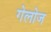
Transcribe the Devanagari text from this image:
गेलोज